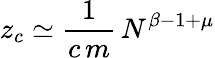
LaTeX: z_{c}\simeq\frac{1}{c\, m}\, N^{\beta-1+\mu}